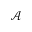
\mathcal { A }